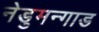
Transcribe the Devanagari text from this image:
नेडुमन्गाड